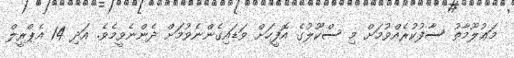
މަޢުލޫމާތު ސާފުކުރެއްވުމަށް މި ސްކޫލުގެ އޮފީހަށް ވަޑައިގެންނެވުމަށް ދެންނެވީމެވެ. އަދި 14 އެޕްރީލް